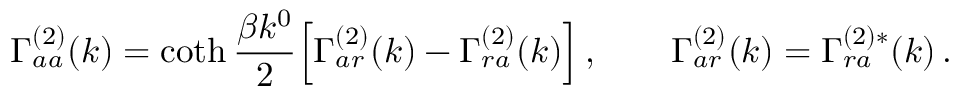
\Gamma _ { a a } ^ { ( 2 ) } ( k ) = \coth { \frac { \beta k ^ { 0 } } { 2 } } \Bigl [ \Gamma _ { a r } ^ { ( 2 ) } ( k ) - \Gamma _ { r a } ^ { ( 2 ) } ( k ) \Bigr ] \, , \qquad \Gamma _ { a r } ^ { ( 2 ) } ( k ) = \Gamma _ { r a } ^ { ( 2 ) * } ( k ) \, .